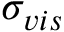
\sigma _ { v i s }